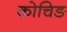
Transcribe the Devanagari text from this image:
कोचिङ